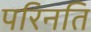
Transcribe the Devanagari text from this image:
परिनति